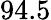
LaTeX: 94.5